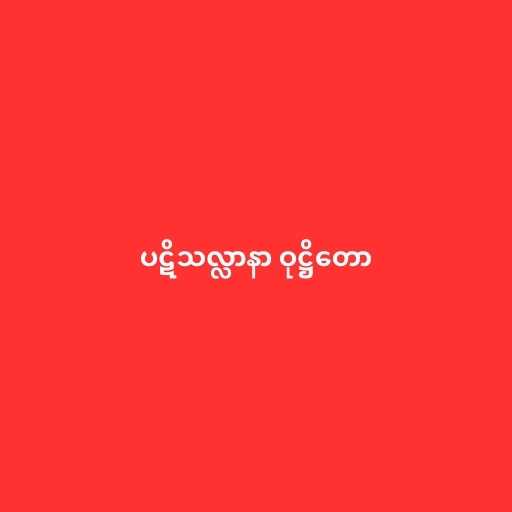
ပဋိသလ္လာနာ ဝုဋ္ဌိတော